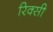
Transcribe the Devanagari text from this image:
रिक्सी